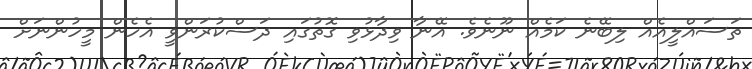
ތަސައްލީއެއް ލިބޭނެ ކަމެއް ނޫނެވެ. އޭނާ ވިދާޅުވި ގޮތުގައި ދަސްކުރަންވީ އެހެން މީހުންނަށް